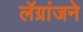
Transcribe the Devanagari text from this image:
लॅग्रांजने